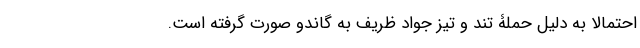
احتمالا به دلیل حملۀ تند و تیز جواد ظریف به گاندو صورت گرفته است.